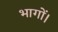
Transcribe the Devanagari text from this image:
भागों।